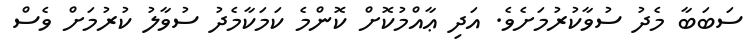
ސަބަބާ މެދު ސުވާކުރުމަށެވެ. އަދި ޢާއްމުކޮށް ކޮންމެ ކަމަކާމެދު ސުވާލު ކުރުމަށް ވެސް